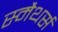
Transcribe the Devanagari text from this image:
स्मैथर्स